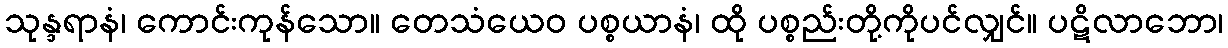
သုန္ဒရာနံ၊ ကောင်းကုန်သော။ တေသံယေဝ ပစ္စယာနံ၊ ထို ပစ္စည်းတို့ကိုပင်လျှင်။ ပဋိလာဘော၊